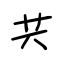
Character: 共